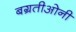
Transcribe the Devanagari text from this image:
बग्रतीओनी